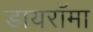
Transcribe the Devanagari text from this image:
डायरॉमा